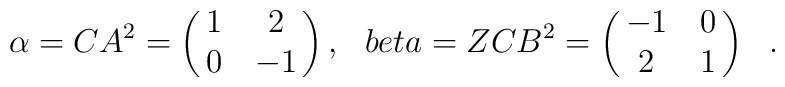
\alpha = CA^2 =\pmatrix{1 &2 \cr0 &-1 \cr },\ \ \ \\beta = ZCB^2 =\pmatrix{-1 &0 \cr2 &1 \cr }\ \ .